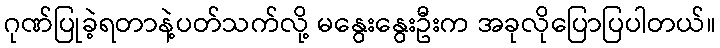
ဂုဏ်ပြုခဲ့ရတာနဲ့ပတ်သက်လို့ မနွေးနွေးဦးက အခုလိုပြောပြပါတယ်။